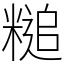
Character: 䊚